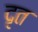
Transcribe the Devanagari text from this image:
दृत